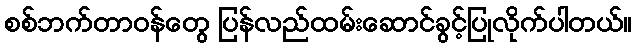
စစ်ဘက်တာဝန်တွေ ပြန်လည်ထမ်းဆောင်ခွင့်ပြုလိုက်ပါတယ်။